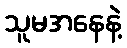
သူမအနေနဲ့